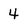
Character: 4